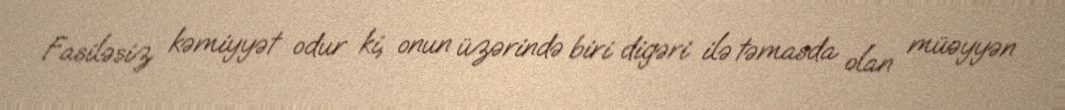
Fasiləsiz kəmiyyət odur ki, onun üzərində biri digəri ilə təmasda olan müəyyən